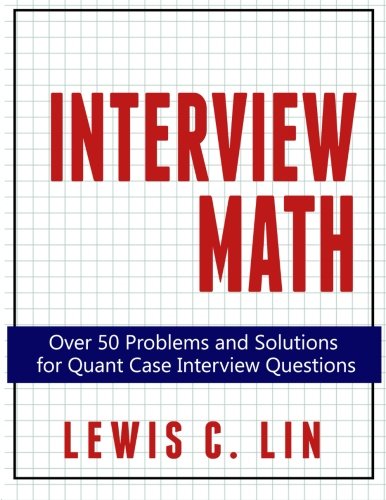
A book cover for Interview Math: Over 50 Problems and Solutions  for Quant Case Interview Questions; Lewis C. Lin; Business & Money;